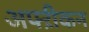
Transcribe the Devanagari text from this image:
अफ्ऱीकन